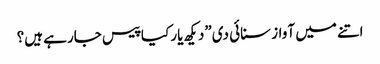
اتنے میں آواز سنائی دی”دیکھ یار کیا پیس جارہے ہیں؟